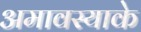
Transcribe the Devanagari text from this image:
अमावस्याके